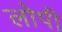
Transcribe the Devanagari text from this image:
लोपी